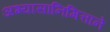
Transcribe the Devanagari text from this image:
अभ्यासानिमित्ताने